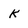
Character: k